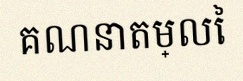
គណនាតម្លៃ